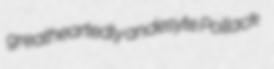
greatheartedly andesyte Pollack